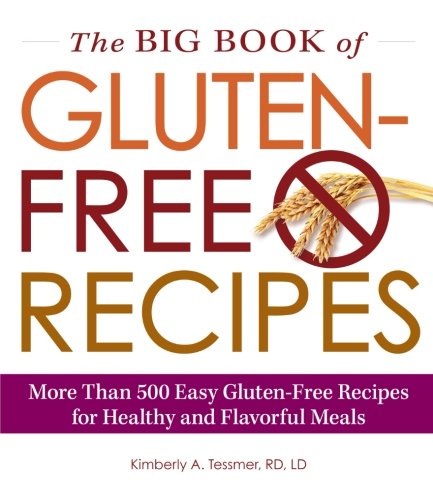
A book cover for The Big Book of Gluten-Free Recipes: More Than 500 Easy Gluten-Free Recipes for Healthy and Flavorful Meals; Kimberly A. Tessmer; Health, Fitness & Dieting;